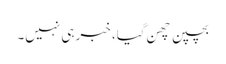
بچپن چھن گیا، خبر ہی نہیں۔